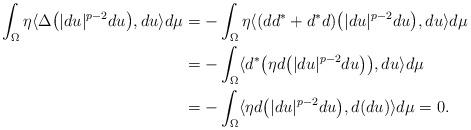
LaTeX: \begin{align*}\int_{\Omega} \eta\langle \Delta\big(|du|^{p-2}du\big), du\rangle d\mu&=-\int_{\Omega} \eta\langle (dd^*+d^*d)\big(|du|^{p-2}du\big), du\rangle d\mu\\&=-\int_{\Omega} \langle d^*\big(\eta d\big(|du|^{p-2}du\big)\big), du\rangle d\mu\\&=-\int_{\Omega} \langle \eta d\big(|du|^{p-2}du\big), d(du)\rangle d\mu=0.\end{align*}